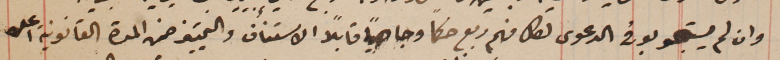
وان لم يستجوبو في الدعوى لكل منهم ربع حكماً وجاهياً قابلاً الاستناف والتمييز ضمن المدة القانونية اعلن